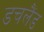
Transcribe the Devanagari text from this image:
डचलैंड